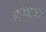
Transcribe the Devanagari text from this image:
दाविदाला